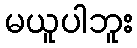
မယူပါဘူး